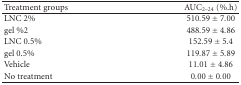
<table><thead><tr><td><b>Treatment groups</b></td><td><b>AUC<sub>2–24</sub> (%.h)</b></td></tr></thead><tbody><tr><td>LNC 2%</td><td>510.59 ± 7.00</td></tr><tr><td>gel %2</td><td>488.59 ± 4.86</td></tr><tr><td>LNC 0.5%</td><td>152.59 ± 5.4</td></tr><tr><td>gel 0.5%</td><td>119.87 ± 5.89</td></tr><tr><td>Vehicle</td><td>11.01 ± 4.86</td></tr><tr><td>No treatment</td><td>0.00 ± 0.00</td></tr></tbody></table>